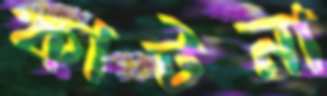
কাটনা